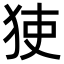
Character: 㹬